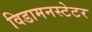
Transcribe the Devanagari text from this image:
विडामनस्टेटर